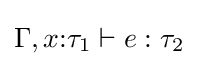
\Gamma ,x{:}\tau _{1}\vdash e:\tau _{2}